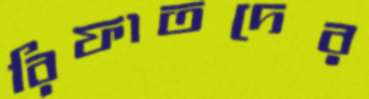
রিফাতদের